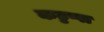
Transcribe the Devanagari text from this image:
कट्टप्पा